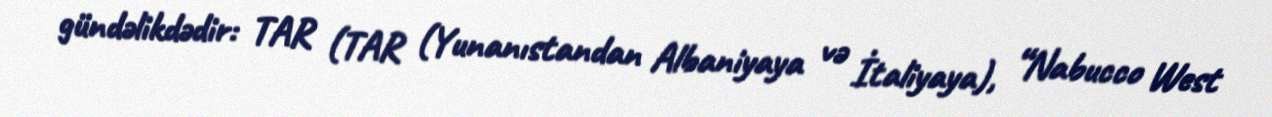
gündəlikdədir: TAR (TAR (Yunanıstandan Albaniyaya və İtaliyaya), “Nabucco West